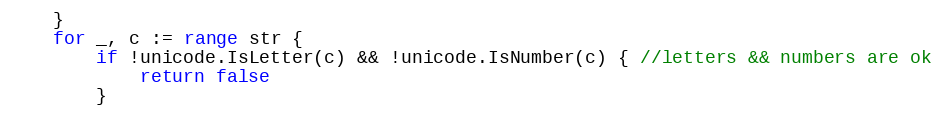
Language: Go
	}
	for _, c := range str {
		if !unicode.IsLetter(c) && !unicode.IsNumber(c) { //letters && numbers are ok
			return false
		}